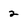
Character: 2